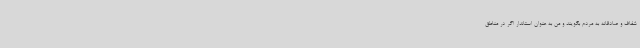
شفاف و صادقانه به مردم بگویند و من به‌ عنوان استاندار اگر در مناطق